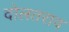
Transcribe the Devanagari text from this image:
दोलतराव